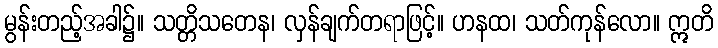
မွန်းတည့်အခါ၌။ သတ္တိသတေန၊ လှန်ချက်တရာဖြင့်။ ဟနထ၊ သတ်ကုန်လော။ ဣတိ